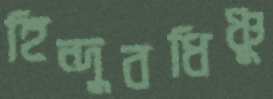
হিন্দুবধিঞ্চু